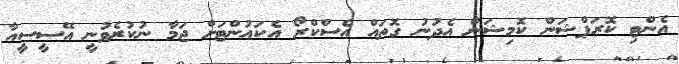
އެންޓި ކޮރަޕްޝަން ކޮމިޝަން އެދުނު ގޮތައް އެސްކްރޯ އެކައުންޓަށް ޖަމާ ނުކުރެވުނީ އޭސީސީއާ